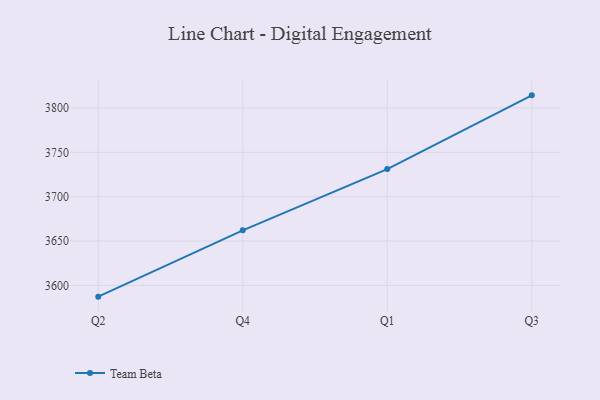
{"axis": {"x": "Quarter", "y": "Latency (ms)"}, "legend": ["Team Beta"], "data": [{"x": "Q2", "y": 3587.4, "type": "Team Beta"}, {"x": "Q4", "y": 3662.1, "type": "Team Beta"}, {"x": "Q1", "y": 3731.1, "type": "Team Beta"}, {"x": "Q3", "y": 3814.2, "type": "Team Beta"}]}